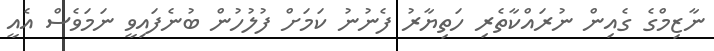
ނާޒިމްގެ ގެއިން ނުރައްކާތެރި ހަތިޔާރު ފެނުނު ކަމަށް ފުލުހުން ބުނެފައިވީ ނަމަވެސް އެއީ